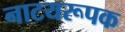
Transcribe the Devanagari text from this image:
नाटयरूपक